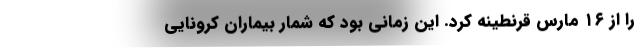
را از ۱۶ مارس قرنطینه کرد. این زمانی بود که شمار بیماران کرونایی